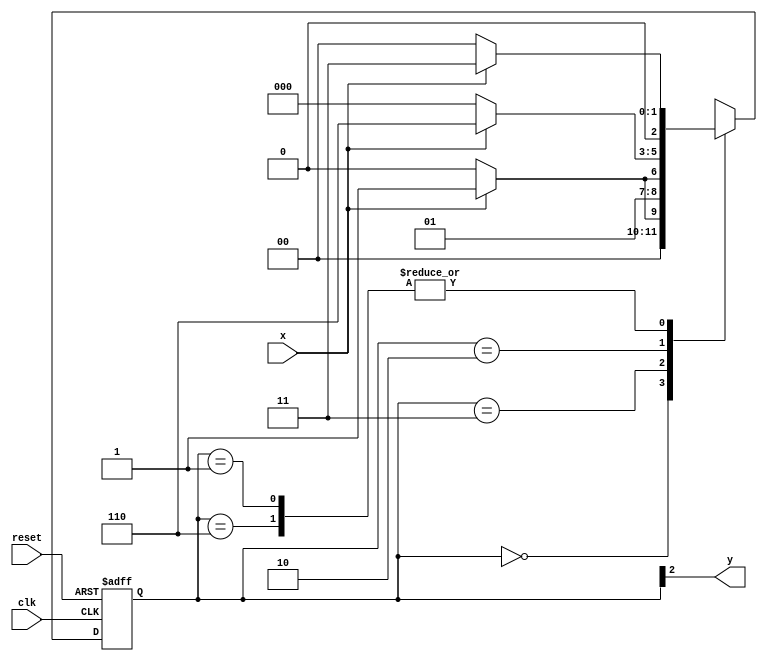
// --Nome: Milton costa teles da silva
// --Matricula: 002751
// --- Moore FSM 
// -------------- 
// --------------
// --- Moore FSM
// --------------
/*
											Moore FSM Diagram
									 __________________________
									/									\
			1				1		v	 0					1			1| //found
[start] ---> [id1] ---> [id11]---> [id110] ---> [id1101]
 ^ \0				0|			  1/ ^			0|				0|
 \_/				 /				\_/			 |				 |
  \____________/								 /				 /
   \												/				/
	 \_________________________________/			  /
	  \														 /
	   \_________________________________________/

*/
//constant definition
`define found 1
`define notfound 0

//FSM by Moore
module moore1101(y,x,clk,reset);
	output y;
	input x;
	input clk;
	input reset;
	
	reg y;
	
	parameter //state identifiers
		start = 3'b000,
		id1 = 3'b001,
		id11 = 3'b011,
		id110 = 3'b010,
		id1101 = 3'b110; //signal found
		
		reg[2:0]E1; //current state variables
		reg[2:0]E2; //next state logic output
	
	//next state logic
	always @(x or E1)
		begin
			case(E1)
				start:
					if(x)
						E2 = id1;
					else
						E2 = start;
				   id1:
					if(x)
						E2 = id11;
					else
						E2 = start;
			   	id11:
					if(x)
						E2 = id11;
					else
						E2 = id110;
				   id110:
					if(x)
						E2 = id1101;
					else
						E2 = start;
				   id1101:
					if(x)
						E2 = id11;
					else
						E2 = start;
				default: //undefined state
					E2 = 3'bxxx;
			endcase
		end //always at signal or state changing
		
		//state variables
		always @ (posedge clk or negedge reset)
			begin
				if(reset)
					E1 = E2;
				else
					E1 = 0; //reset
			end //always at signal changing
		
		//output logic
		always @ (E1)
			begin
				y = E1[2]; //first bit of state value
			end  //always at state changing

endmodule //moore1101